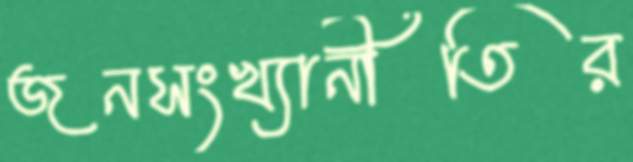
জনসংখ্যানীতির